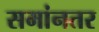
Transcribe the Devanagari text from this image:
समांनतर